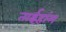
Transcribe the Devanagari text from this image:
ताईहांग